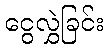
ငွေလွှဲခြင်း